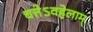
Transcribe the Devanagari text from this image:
धत्तेऽवहेलाम्